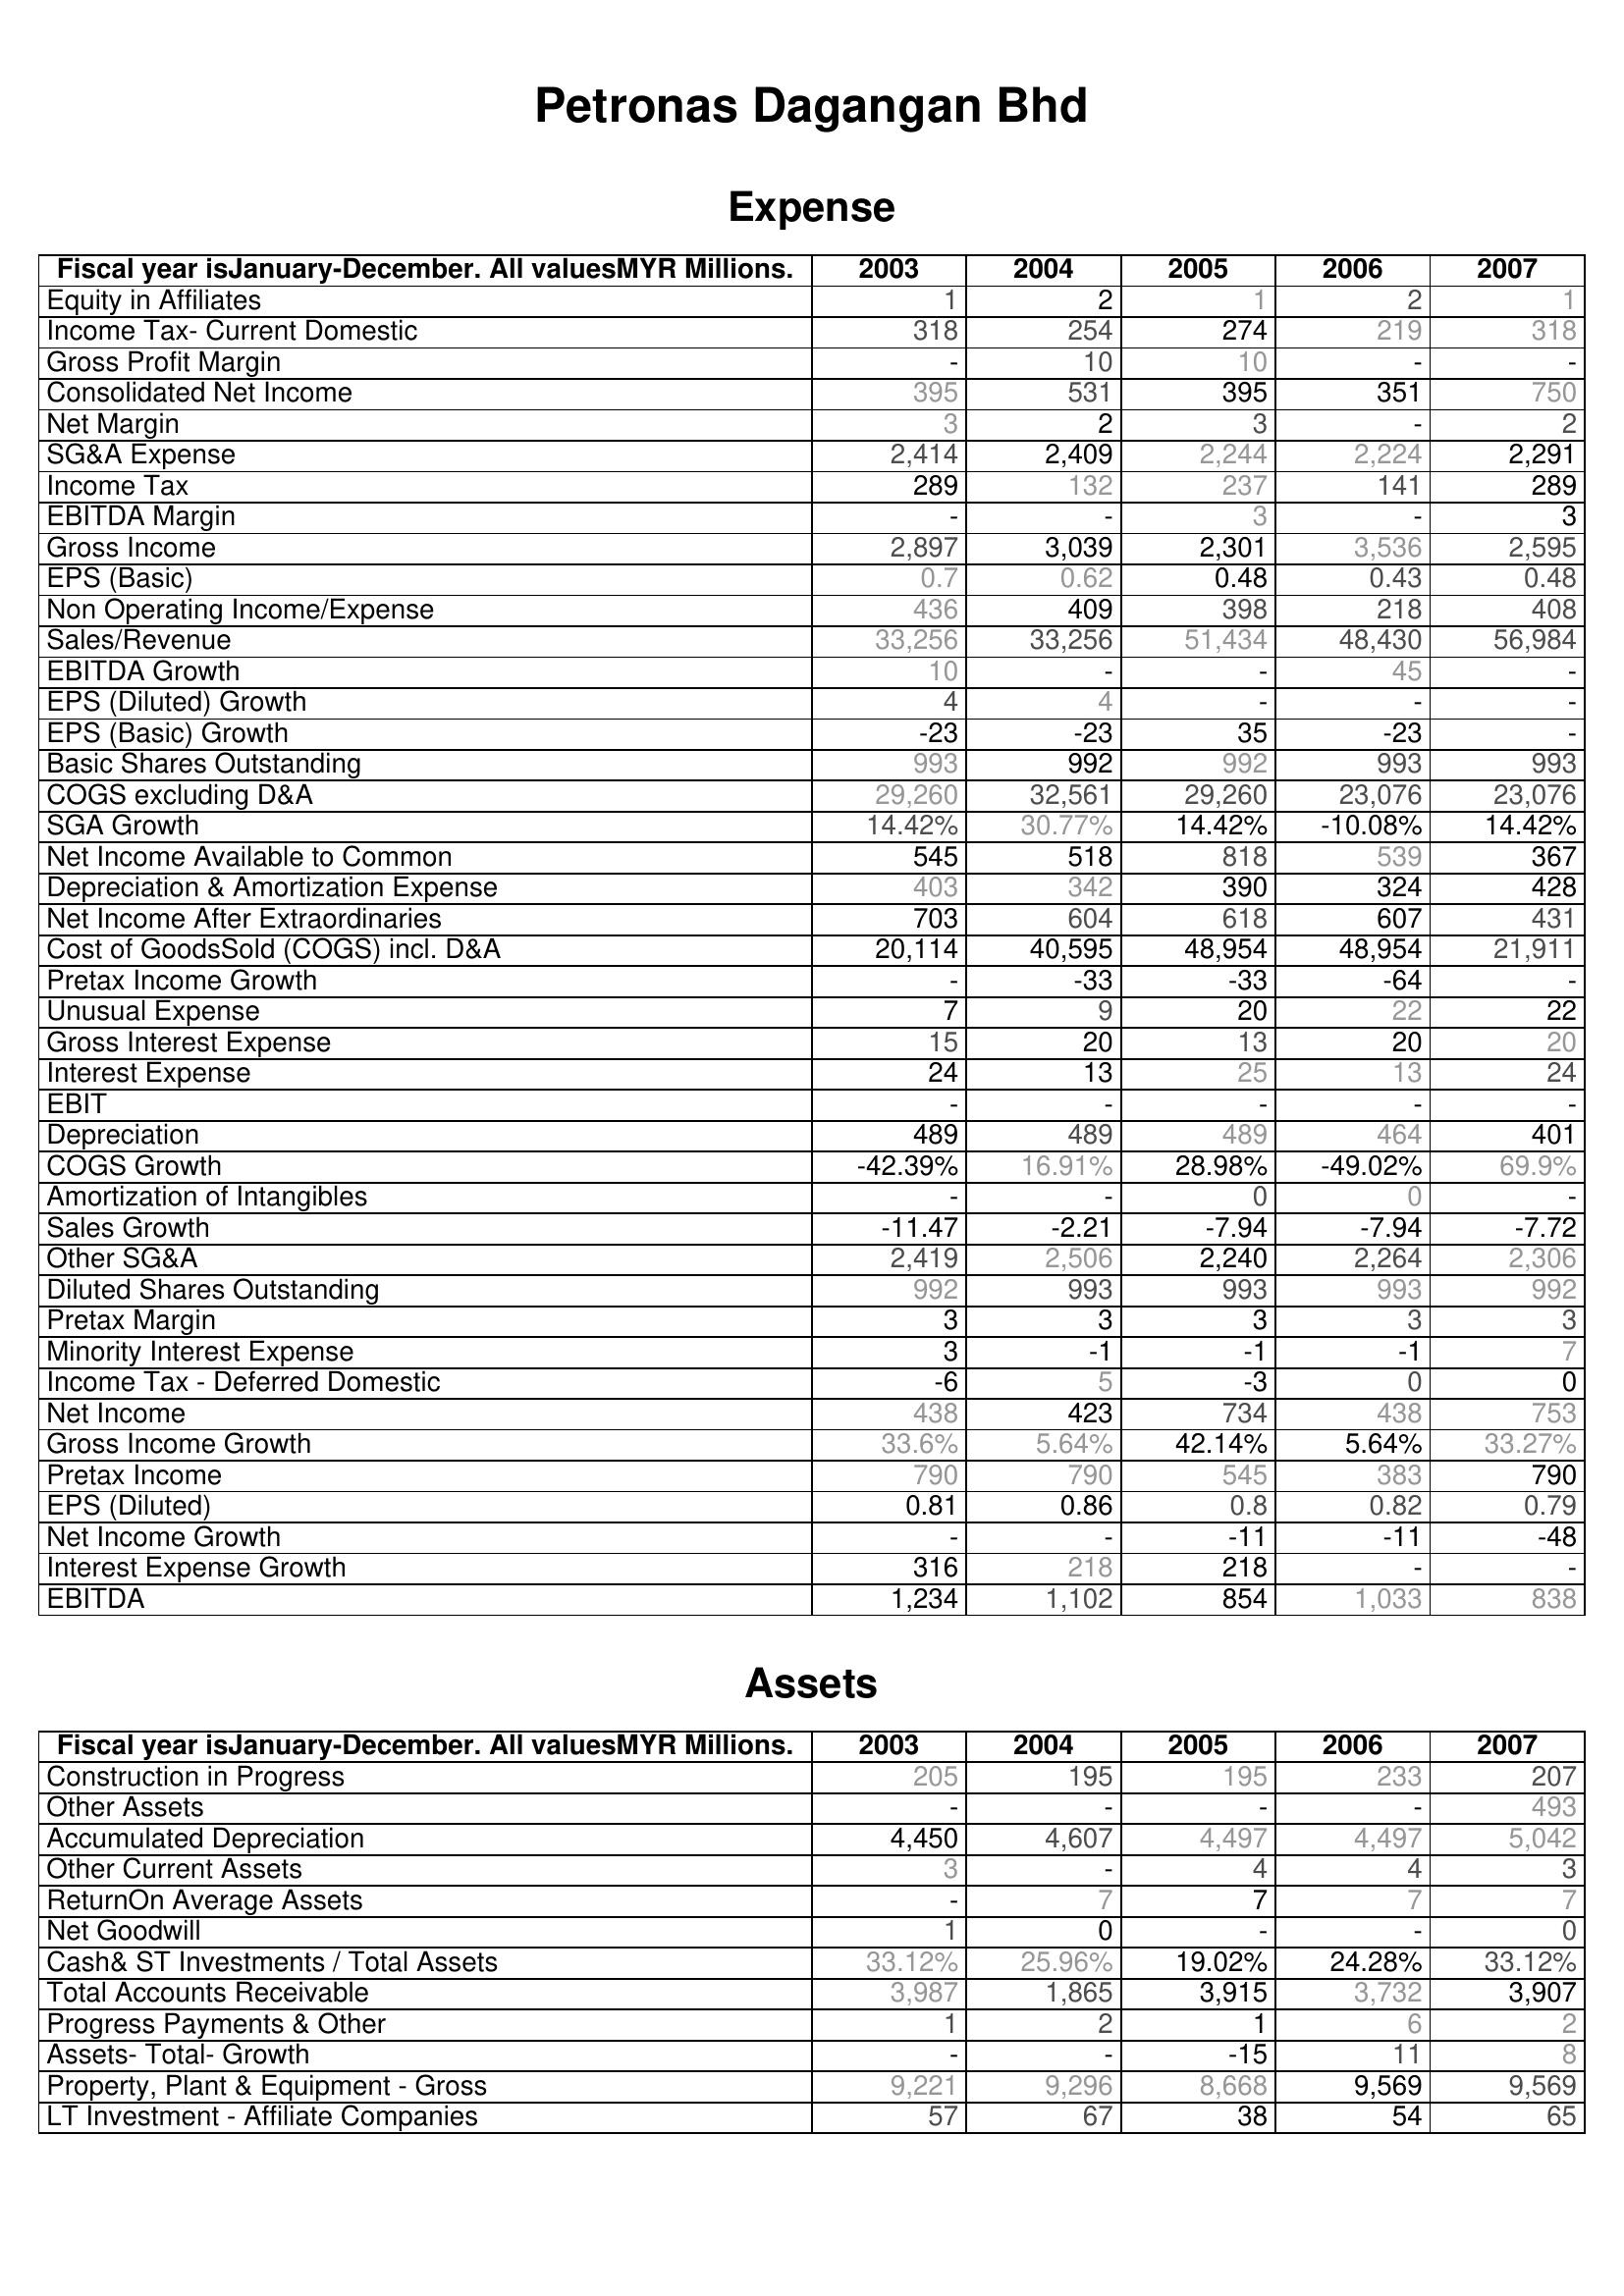
2003: Expense: Equity in Affiliates: 1
Income Tax- Current Domestic: 318
Gross Profit Margin: -
Consolidated Net Income: 395
Net Margin: 3
SG&A Expense: 2,414
Income Tax: 289
EBITDA Margin: -
Gross Income: 2,897
EPS (Basic): 0.7
Non Operating Income/Expense: 436
Sales/Revenue: 33,256
EBITDA Growth: 10
EPS (Diluted) Growth: 4
EPS (Basic) Growth: -23
Basic Shares Outstanding: 993
COGS excluding D&A: 29,260
SGA Growth: 14.42%
Net Income Available to Common: 545
Depreciation & Amortization Expense: 403
Net Income After Extraordinaries: 703
Cost of GoodsSold (COGS) incl. D&A: 20,114
Pretax Income Growth: -
Unusual Expense: 7
Gross Interest Expense: 15
Interest Expense: 24
EBIT: -
Depreciation: 489
COGS Growth: -42.39%
Amortization of Intangibles: -
Sales Growth: -11.47
Other SG&A: 2,419
Diluted Shares Outstanding: 992
Pretax Margin: 3
Minority Interest Expense: 3
Income Tax - Deferred Domestic: -6
Net Income: 438
Gross Income Growth: 33.6%
Pretax Income: 790
EPS (Diluted): 0.81
Net Income Growth: -
Interest Expense Growth: 316
EBITDA: 1,234
Assets: Construction in Progress: 205
Other Assets: -
Accumulated Depreciation: 4,450
Other Current Assets: 3
ReturnOn Average Assets: -
Net Goodwill: 1
Cash& ST Investments / Total Assets: 33.12%
Total Accounts Receivable: 3,987
Progress Payments & Other: 1
Assets- Total- Growth: -
Property, Plant & Equipment - Gross : 9,221
LT Investment - Affiliate Companies: 57
2004: Expense: Equity in Affiliates: 2
Income Tax- Current Domestic: 254
Gross Profit Margin: 10
Consolidated Net Income: 531
Net Margin: 2
SG&A Expense: 2,409
Income Tax: 132
EBITDA Margin: -
Gross Income: 3,039
EPS (Basic): 0.62
Non Operating Income/Expense: 409
Sales/Revenue: 33,256
EBITDA Growth: -
EPS (Diluted) Growth: 4
EPS (Basic) Growth: -23
Basic Shares Outstanding: 992
COGS excluding D&A: 32,561
SGA Growth: 30.77%
Net Income Available to Common: 518
Depreciation & Amortization Expense: 342
Net Income After Extraordinaries: 604
Cost of GoodsSold (COGS) incl. D&A: 40,595
Pretax Income Growth: -33
Unusual Expense: 9
Gross Interest Expense: 20
Interest Expense: 13
EBIT: -
Depreciation: 489
COGS Growth: 16.91%
Amortization of Intangibles: -
Sales Growth: -2.21
Other SG&A: 2,506
Diluted Shares Outstanding: 993
Pretax Margin: 3
Minority Interest Expense: -1
Income Tax - Deferred Domestic: 5
Net Income: 423
Gross Income Growth: 5.64%
Pretax Income: 790
EPS (Diluted): 0.86
Net Income Growth: -
Interest Expense Growth: 218
EBITDA: 1,102
Assets: Construction in Progress: 195
Other Assets: -
Accumulated Depreciation: 4,607
Other Current Assets: -
ReturnOn Average Assets: 7
Net Goodwill: 0
Cash& ST Investments / Total Assets: 25.96%
Total Accounts Receivable: 1,865
Progress Payments & Other: 2
Assets- Total- Growth: -
Property, Plant & Equipment - Gross : 9,296
LT Investment - Affiliate Companies: 67
2005: Expense: Equity in Affiliates: 1
Income Tax- Current Domestic: 274
Gross Profit Margin: 10
Consolidated Net Income: 395
Net Margin: 3
SG&A Expense: 2,244
Income Tax: 237
EBITDA Margin: 3
Gross Income: 2,301
EPS (Basic): 0.48
Non Operating Income/Expense: 398
Sales/Revenue: 51,434
EBITDA Growth: -
EPS (Diluted) Growth: -
EPS (Basic) Growth: 35
Basic Shares Outstanding: 992
COGS excluding D&A: 29,260
SGA Growth: 14.42%
Net Income Available to Common: 818
Depreciation & Amortization Expense: 390
Net Income After Extraordinaries: 618
Cost of GoodsSold (COGS) incl. D&A: 48,954
Pretax Income Growth: -33
Unusual Expense: 20
Gross Interest Expense: 13
Interest Expense: 25
EBIT: -
Depreciation: 489
COGS Growth: 28.98%
Amortization of Intangibles: 0
Sales Growth: -7.94
Other SG&A: 2,240
Diluted Shares Outstanding: 993
Pretax Margin: 3
Minority Interest Expense: -1
Income Tax - Deferred Domestic: -3
Net Income: 734
Gross Income Growth: 42.14%
Pretax Income: 545
EPS (Diluted): 0.8
Net Income Growth: -11
Interest Expense Growth: 218
EBITDA: 854
Assets: Construction in Progress: 195
Other Assets: -
Accumulated Depreciation: 4,497
Other Current Assets: 4
ReturnOn Average Assets: 7
Net Goodwill: -
Cash& ST Investments / Total Assets: 19.02%
Total Accounts Receivable: 3,915
Progress Payments & Other: 1
Assets- Total- Growth: -15
Property, Plant & Equipment - Gross : 8,668
LT Investment - Affiliate Companies: 38
2006: Expense: Equity in Affiliates: 2
Income Tax- Current Domestic: 219
Gross Profit Margin: -
Consolidated Net Income: 351
Net Margin: -
SG&A Expense: 2,224
Income Tax: 141
EBITDA Margin: -
Gross Income: 3,536
EPS (Basic): 0.43
Non Operating Income/Expense: 218
Sales/Revenue: 48,430
EBITDA Growth: 45
EPS (Diluted) Growth: -
EPS (Basic) Growth: -23
Basic Shares Outstanding: 993
COGS excluding D&A: 23,076
SGA Growth: -10.08%
Net Income Available to Common: 539
Depreciation & Amortization Expense: 324
Net Income After Extraordinaries: 607
Cost of GoodsSold (COGS) incl. D&A: 48,954
Pretax Income Growth: -64
Unusual Expense: 22
Gross Interest Expense: 20
Interest Expense: 13
EBIT: -
Depreciation: 464
COGS Growth: -49.02%
Amortization of Intangibles: 0
Sales Growth: -7.94
Other SG&A: 2,264
Diluted Shares Outstanding: 993
Pretax Margin: 3
Minority Interest Expense: -1
Income Tax - Deferred Domestic: 0
Net Income: 438
Gross Income Growth: 5.64%
Pretax Income: 383
EPS (Diluted): 0.82
Net Income Growth: -11
Interest Expense Growth: -
EBITDA: 1,033
Assets: Construction in Progress: 233
Other Assets: -
Accumulated Depreciation: 4,497
Other Current Assets: 4
ReturnOn Average Assets: 7
Net Goodwill: -
Cash& ST Investments / Total Assets: 24.28%
Total Accounts Receivable: 3,732
Progress Payments & Other: 6
Assets- Total- Growth: 11
Property, Plant & Equipment - Gross : 9,569
LT Investment - Affiliate Companies: 54
2007: Expense: Equity in Affiliates: 1
Income Tax- Current Domestic: 318
Gross Profit Margin: -
Consolidated Net Income: 750
Net Margin: 2
SG&A Expense: 2,291
Income Tax: 289
EBITDA Margin: 3
Gross Income: 2,595
EPS (Basic): 0.48
Non Operating Income/Expense: 408
Sales/Revenue: 56,984
EBITDA Growth: -
EPS (Diluted) Growth: -
EPS (Basic) Growth: -
Basic Shares Outstanding: 993
COGS excluding D&A: 23,076
SGA Growth: 14.42%
Net Income Available to Common: 367
Depreciation & Amortization Expense: 428
Net Income After Extraordinaries: 431
Cost of GoodsSold (COGS) incl. D&A: 21,911
Pretax Income Growth: -
Unusual Expense: 22
Gross Interest Expense: 20
Interest Expense: 24
EBIT: -
Depreciation: 401
COGS Growth: 69.9%
Amortization of Intangibles: -
Sales Growth: -7.72
Other SG&A: 2,306
Diluted Shares Outstanding: 992
Pretax Margin: 3
Minority Interest Expense: 7
Income Tax - Deferred Domestic: 0
Net Income: 753
Gross Income Growth: 33.27%
Pretax Income: 790
EPS (Diluted): 0.79
Net Income Growth: -48
Interest Expense Growth: -
EBITDA: 838
Assets: Construction in Progress: 207
Other Assets: 493
Accumulated Depreciation: 5,042
Other Current Assets: 3
ReturnOn Average Assets: 7
Net Goodwill: 0
Cash& ST Investments / Total Assets: 33.12%
Total Accounts Receivable: 3,907
Progress Payments & Other: 2
Assets- Total- Growth: 8
Property, Plant & Equipment - Gross : 9,569
LT Investment - Affiliate Companies: 65